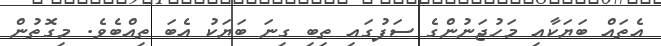
އެތައް ބަޔަކާއި މަހުޖަނުންގެ ސަފުގައި ތިބި ގިނަ ބަޔަކު އެބަ ތިއްބެވެ. މިގޮތުން